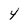
Character: 4